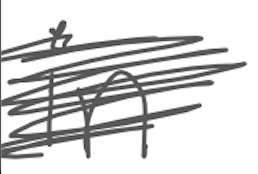
Text: in
Cross-out: scratch
Writing tool: digital_gray